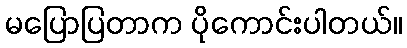
မပြောပြတာက ပိုကောင်းပါတယ်။